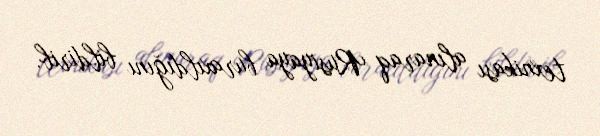
texnikası alınaraq Rusiyaya buraxıldığını bildirib.